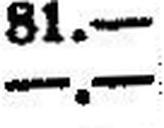
—.—